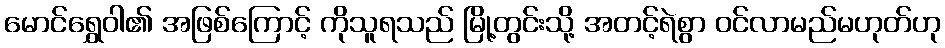
မောင်ရွှေဝါ၏ အဖြစ်ကြောင့် ကိုသူရသည် မြို့တွင်းသို့ အတင့်ရဲစွာ ဝင်လာမည်မဟုတ်ဟု